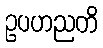
ဥပဟညတိ